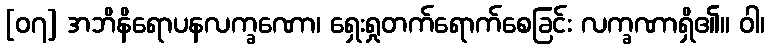
[၀၇] အဘိနိရောပနလက္ခဏော၊ ရှေးရှုတက်ရောက်စေခြင်း လက္ခဏာရှိ၏။ ဝါ၊